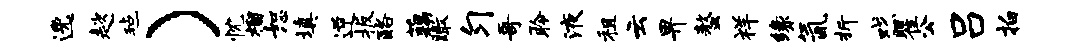
逸趑毡）忱榴恕填逆扳酪藕瞰匀哥聆液租云畀螯祥缘氤折戏瞿公吕拍